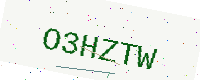
Text: O3HZTW